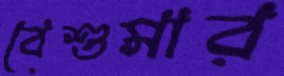
বেশুমার